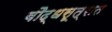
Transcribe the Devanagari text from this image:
बौद्धसूत्रात